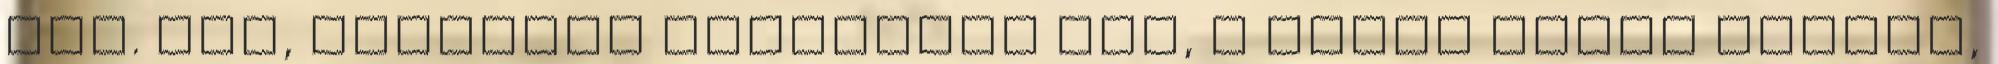
stb. Nos, mindenki nyugodjon meg, a kerék pörög tovább,